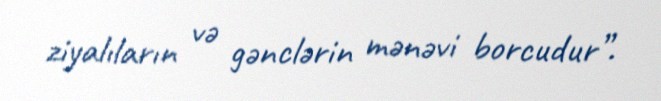
ziyalıların və gənclərin mənəvi borcudur”.